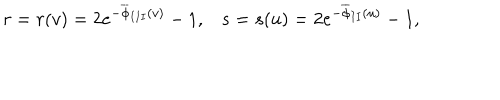
LaTeX: r = r ( v ) = 2 e ^ { - \overline { { { \phi } } } _ { I I I } ( v ) } - 1 , s = s ( u ) = 2 e ^ { - \overline { { { \phi } } } _ { I I } ( u ) } - 1 , \; \;